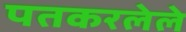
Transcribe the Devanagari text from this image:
पतकरलेले